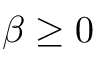
\beta \ge 0